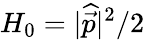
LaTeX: H_{0}=|\widehat{\vec{p}}|^{2}/2